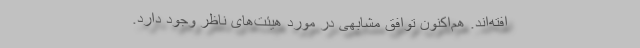
افته‌اند. هم‌اکنون توافق مشابهی در مورد هیئت‌های ناظر وجود دارد.